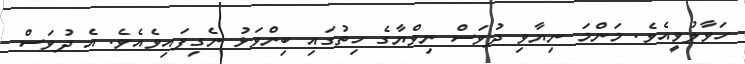
ހަވާލުވީއެވެ. މަންމަ ނިޔާވި ދުވަސް ނިވްޔާގެ ހިތުގައި ބިންވަޅު ނެގިފައިވެއެވެ. އެ ދުވަސް